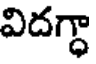
విదగ్ధా